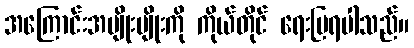
အကြောင်းအမျိုးမျိုးကို ကိုယ်တိုင် ရေးပြရပါသည်။